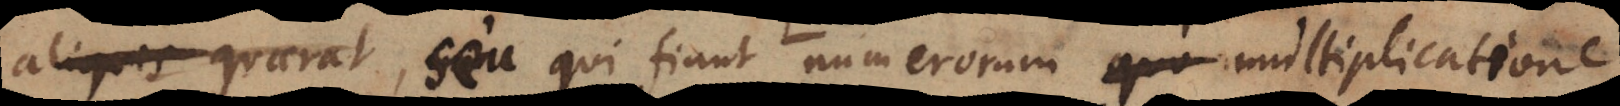
aliqu_ qu_rat, seu qui fiunt numerorum quo multiplicatione